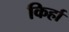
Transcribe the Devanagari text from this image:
किर्हा